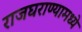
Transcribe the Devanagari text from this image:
राजघराण्यामध्ये